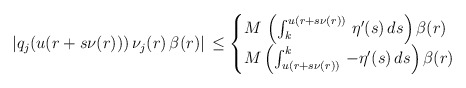
\begin{align*}\left|q_{j}(u(r +s\nu(r)))\,\nu_{j}(r)\,\beta(r)\right|\,\leq\begin{cases}M\,\left(\int_{k}^{u(r +s\nu(r))}\,\eta^{\prime}(s)\,ds\right)\beta(r) & \\M\left(\int_{u(r +s\nu(r))}^{k}\,-\eta^{\prime}(s)\,ds\right)\beta(r) & \end{cases}\end{align*}